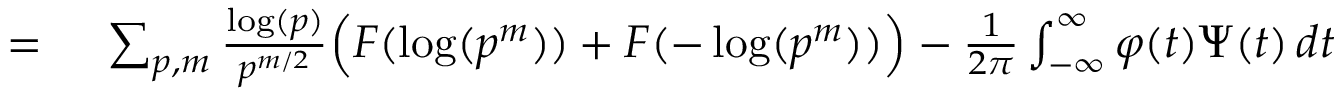
\begin{array} { r l } { = { } } & { { } \sum _ { p , m } { \frac { \log ( p ) } { p ^ { m / 2 } } } { \Big ( } F ( \log ( p ^ { m } ) ) + F ( - \log ( p ^ { m } ) ) { \Big ) } - { \frac { 1 } { 2 \pi } } \int _ { - \infty } ^ { \infty } \varphi ( t ) \Psi ( t ) \, d t } \end{array}